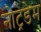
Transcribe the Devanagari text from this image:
नोट्रेडेम